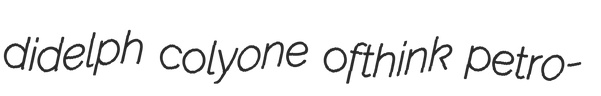
didelph colyone ofthink petro-